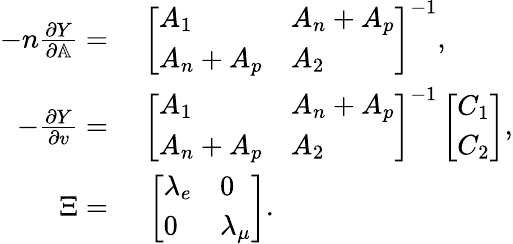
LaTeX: \begin{array}{rl}{-n\frac{\partial Y}{\partial\mathbb{A}}={}}&{{}\left[\begin{array}{ll}{A_{1}}&{A_{n}+A_{p}}\\ {A_{n}+A_{p}}&{A_{2}}\end{array}\right]^{-1},}\\ {-\frac{\partial Y}{\partial v}={}}&{{}\left[\begin{array}{ll}{A_{1}}&{A_{n}+A_{p}}\\ {A_{n}+A_{p}}&{A_{2}}\end{array}\right]^{-1}\left[\begin{array}{l}{C_{1}}\\ {C_{2}}\end{array}\right],}\\ {\Xi={}}&{{}\left[\begin{array}{ll}{\lambda_{e}}&{0}\\ {0}&{\lambda_{\mu}}\end{array}\right].}\end{array}